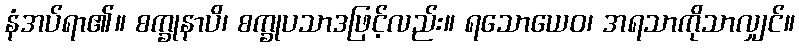
နံအပ်ရာ၏။ စက္ခုနာပိ၊ စက္ခုပသာဒဖြင့်လည်း။ ရသောယေဝ၊ အရသာကိုသာလျှင်။